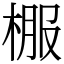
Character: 棴